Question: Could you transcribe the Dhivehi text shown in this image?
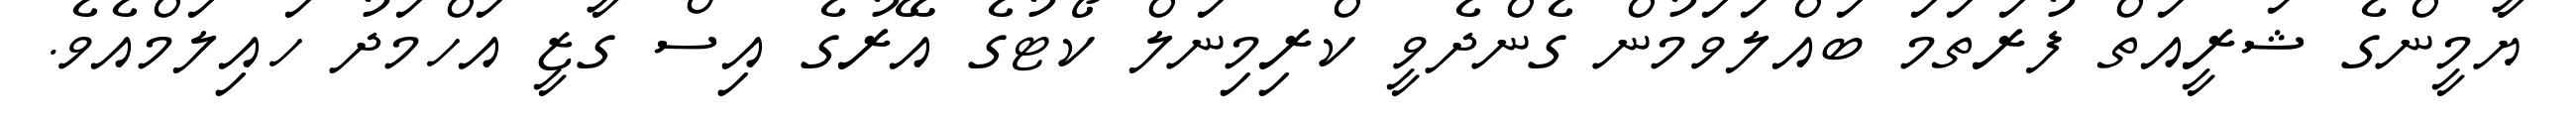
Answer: ޔާމީންގެ ޝަރީއަތް ފުރަތަމަ ބައްލަވަމުން ގެންދެވީ ކްރިމިނަލް ކޯޓުގެ އޭރުގެ އިސް ގާޒީ އަހްމަދު ހައިލަމްއެވެ.